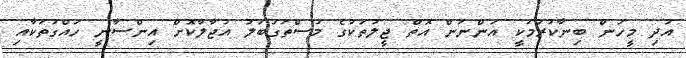
އަދި މީހުން ބިނާކުރުމަކީ އަންނަން އޮތް ޖީލުތަކުގެ މުސްތަގުބަލު އުޖާލާކޮށް އިންސާނީ ހައްގުތަކާއި